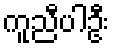
ကူညီပါဦး